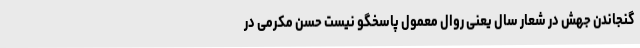
گنجاندن جهش در شعار سال یعنی روال معمول پاسخگو نیست حسن مکرمی در